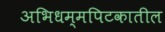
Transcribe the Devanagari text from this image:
अभिधम्मपिटकातील